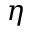
\eta